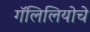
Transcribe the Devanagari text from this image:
गॅलिलियोचे